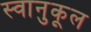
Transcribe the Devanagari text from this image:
स्वानुकूल